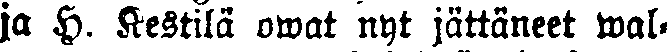
ja H. Kestilä owat nyt jättäneet wal-